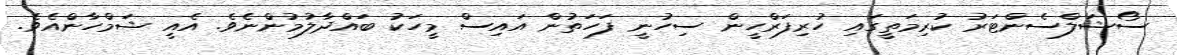
ސޯޝަލްސެންޓަރު ކުރިމަތީގައި ހުރިފަރްހީން ސިހުނީ ފަހަތުން އައިސް މީހަކު ބައްދާލުމުންނެވެ. އެއީ ޝަމްހާންއެވެ.